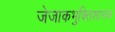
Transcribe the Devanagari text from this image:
जेजाकभुक्तिशासक